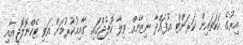
އިރުގެ ހަކަތައިން ކަރަންޓް އުފައްދާ ނިޒާމެއް ވިލާ ކޮލެޖްގައި ގާއިމުކުރުމަށް އަވި ޓެކްނޮލޮޖީއާއި